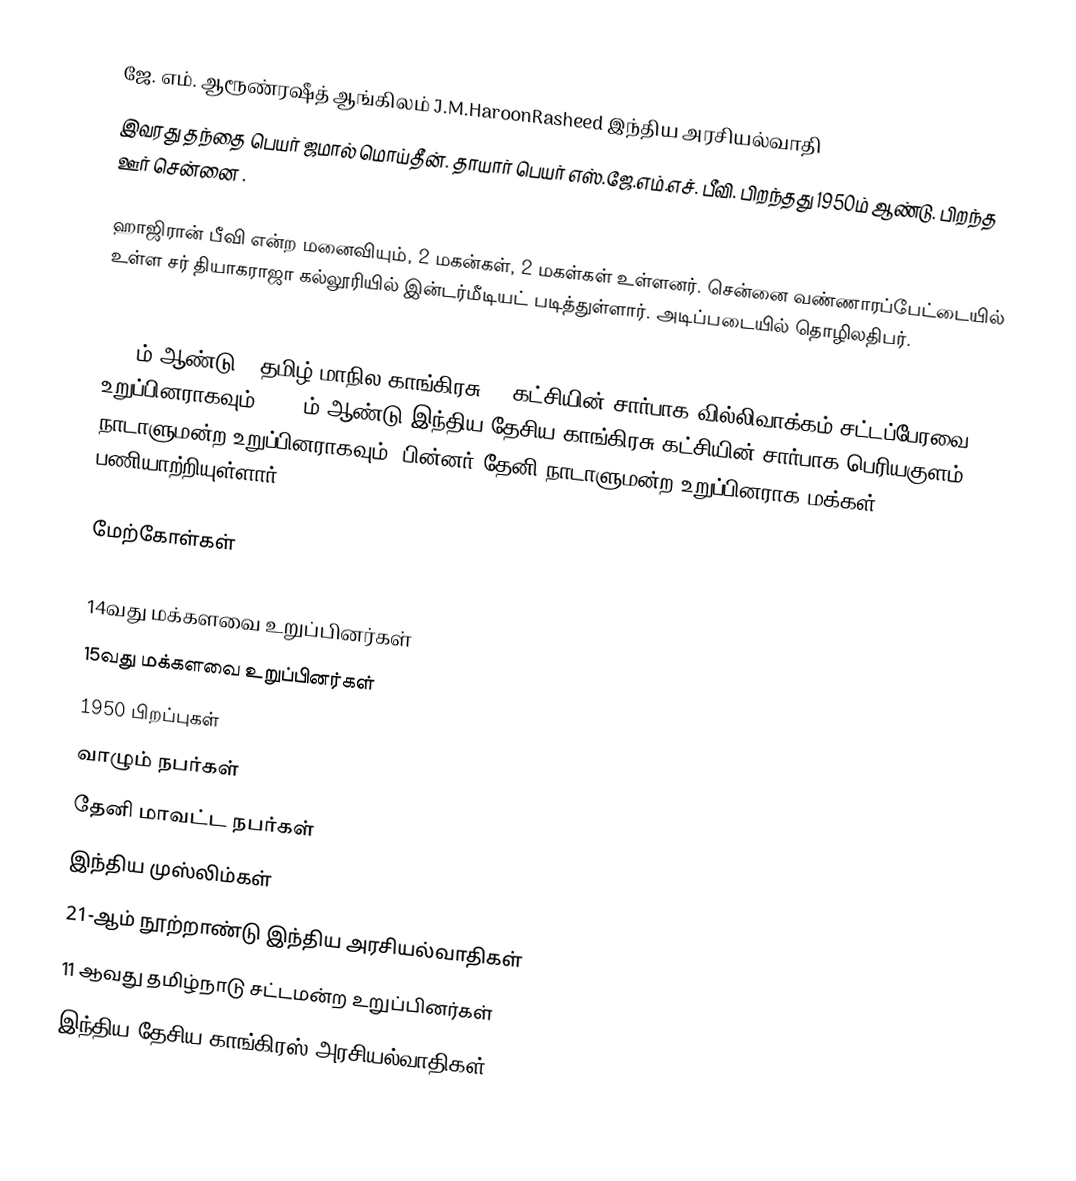
ஜே. எம். ஆரூண்ரஷீத்  ஆங்கிலம்      J.M.HaroonRasheed  இந்திய அரசியல்வாதி
இவரது தந்தை பெயர் ஜமால் மொய்தீன். தாயார் பெயர் எஸ்.ஜே.எம்.எச். பீவி. பிறந்தது 1950ம் ஆண்டு. பிறந்த ஊர் சென்னை .

ஹாஜிரான் பீவி என்ற மனைவியும், 2 மகன்கள், 2 மகள்கள் உள்ளனர். சென்னை வண்ணாரப்பேட்டையில் உள்ள சர் தியாகராஜா கல்லூரியில் இன்டர்மீடியட் படித்துள்ளார். அடிப்படையில் தொழிலதிபர்.

1996ம் ஆண்டு [[தமிழ் மாநில காங்கிரசு[]]  கட்சியின் சார்பாக வில்லிவாக்கம் சட்டப்பேரவை உறுப்பினராகவும் ,2004ம் ஆண்டு  இந்திய தேசிய காங்கிரசு கட்சியின் சார்பாக  பெரியகுளம் நாடாளுமன்ற உறுப்பினராகவும், பின்னர் தேனி நாடாளுமன்ற உறுப்பினராக   மக்கள் பணியாற்றியுள்ளார்.

மேற்கோள்கள்

14வது மக்களவை உறுப்பினர்கள்
15வது மக்களவை உறுப்பினர்கள்
1950 பிறப்புகள்
வாழும் நபர்கள்
தேனி மாவட்ட நபர்கள்
இந்திய முஸ்லிம்கள்
21-ஆம் நூற்றாண்டு இந்திய அரசியல்வாதிகள்
11 ஆவது தமிழ்நாடு சட்டமன்ற உறுப்பினர்கள்
இந்திய தேசிய காங்கிரஸ் அரசியல்வாதிகள்